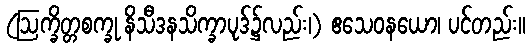
(ဩက္ခိတ္တစက္ခု နိသီဒနသိက္ခာပုဒ်၌လည်း၊) ဧသေဝနယော၊ ပင်တည်း။